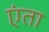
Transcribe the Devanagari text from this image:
एंता